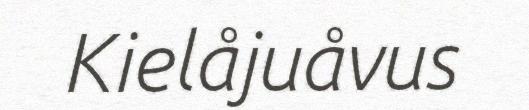
Kielåjuåvus